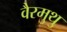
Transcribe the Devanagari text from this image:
वैरमुथु